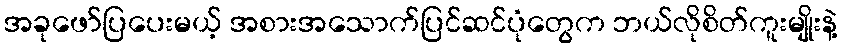
အခုဖော်ပြပေးမယ့် အစားအသောက်ပြင်ဆင်ပုံတွေက ဘယ်လိုစိတ်ကူးမျိုးနဲ့